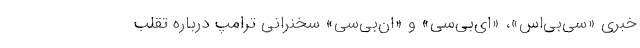
خبری «سی‌بی‌اس»، «ای‌بی‌سی» و «ان‌بی‌سی» سخنرانی ترامپ درباره تقلب